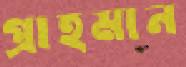
প্রাহমান